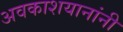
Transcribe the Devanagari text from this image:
अवकाशयानांनी